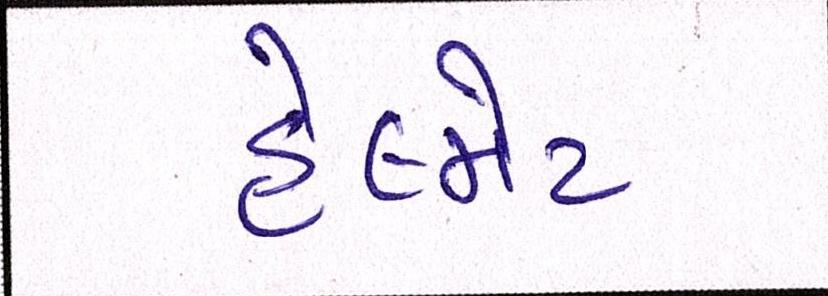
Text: હેલ્મેટ